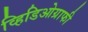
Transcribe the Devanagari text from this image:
व्हिडिओग्राफी